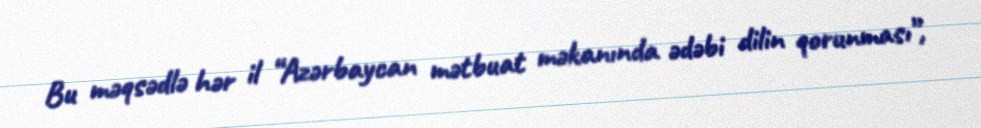
Bu məqsədlə hər il “Azərbaycan mətbuat məkanında ədəbi dilin qorunması”,